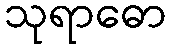
သုရာဓော